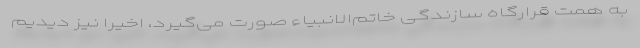
به همت قرارگاه سازندگی خاتم‌الانبیاء صورت می‌گیرد، اخیراً نیز دیدیم